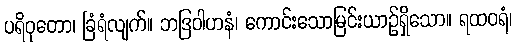
ပရိဝုတော၊ ခြံရံလျက်။ ဘဒြဝါဟနံ၊ ကောင်းသောမြင်းယာဉ်ရှိသော။ ရထဝရံ၊